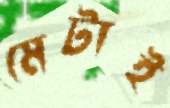
মেটাই